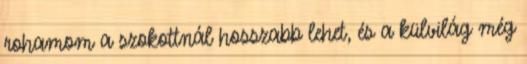
rohamom a szokottnál hosszabb lehet, és a külvilág még